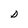
Character: D